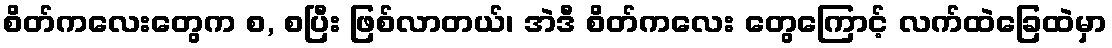
စိတ်ကလေးတွေက စ, စပြီး ဖြစ်လာတယ်၊ အဲဒီ စိတ်ကလေး တွေကြောင့် လက်ထဲခြေထဲမှာ